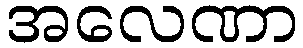
အလေဏာ